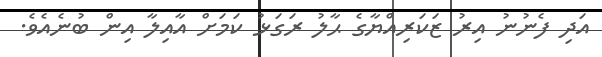
އަދި ފެނުނު އިރު ޒަކަރިއްޔާގެ ޙާލު ރަގަޅު ކަމަށް އާއިލާ އިން ބުނެއެވެ.